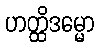
ဟတ္ထိဒမ္မော